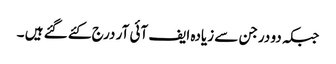
جبکہ دو درجن سے زیادہ ایف آئی آر درج کئے گئے ہیں ۔